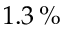
1 . 3 \, \%